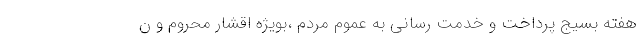
هفته بسیج پرداخت و خدمت رسانی به عموم مردم ،بویژه اقشار محروم و ن